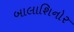
બાલાશિનોર